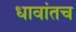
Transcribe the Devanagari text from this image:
धावांतच